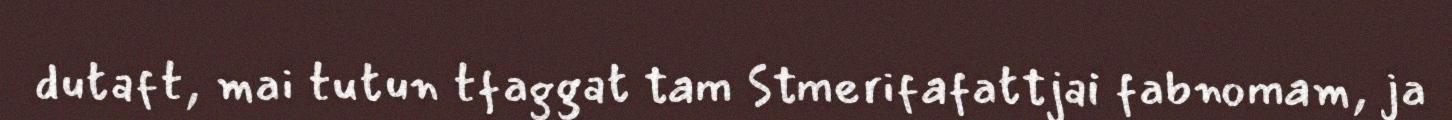
dutaft, mai tutun tfaggat tam Stmerifafattjai fabnomam, ja